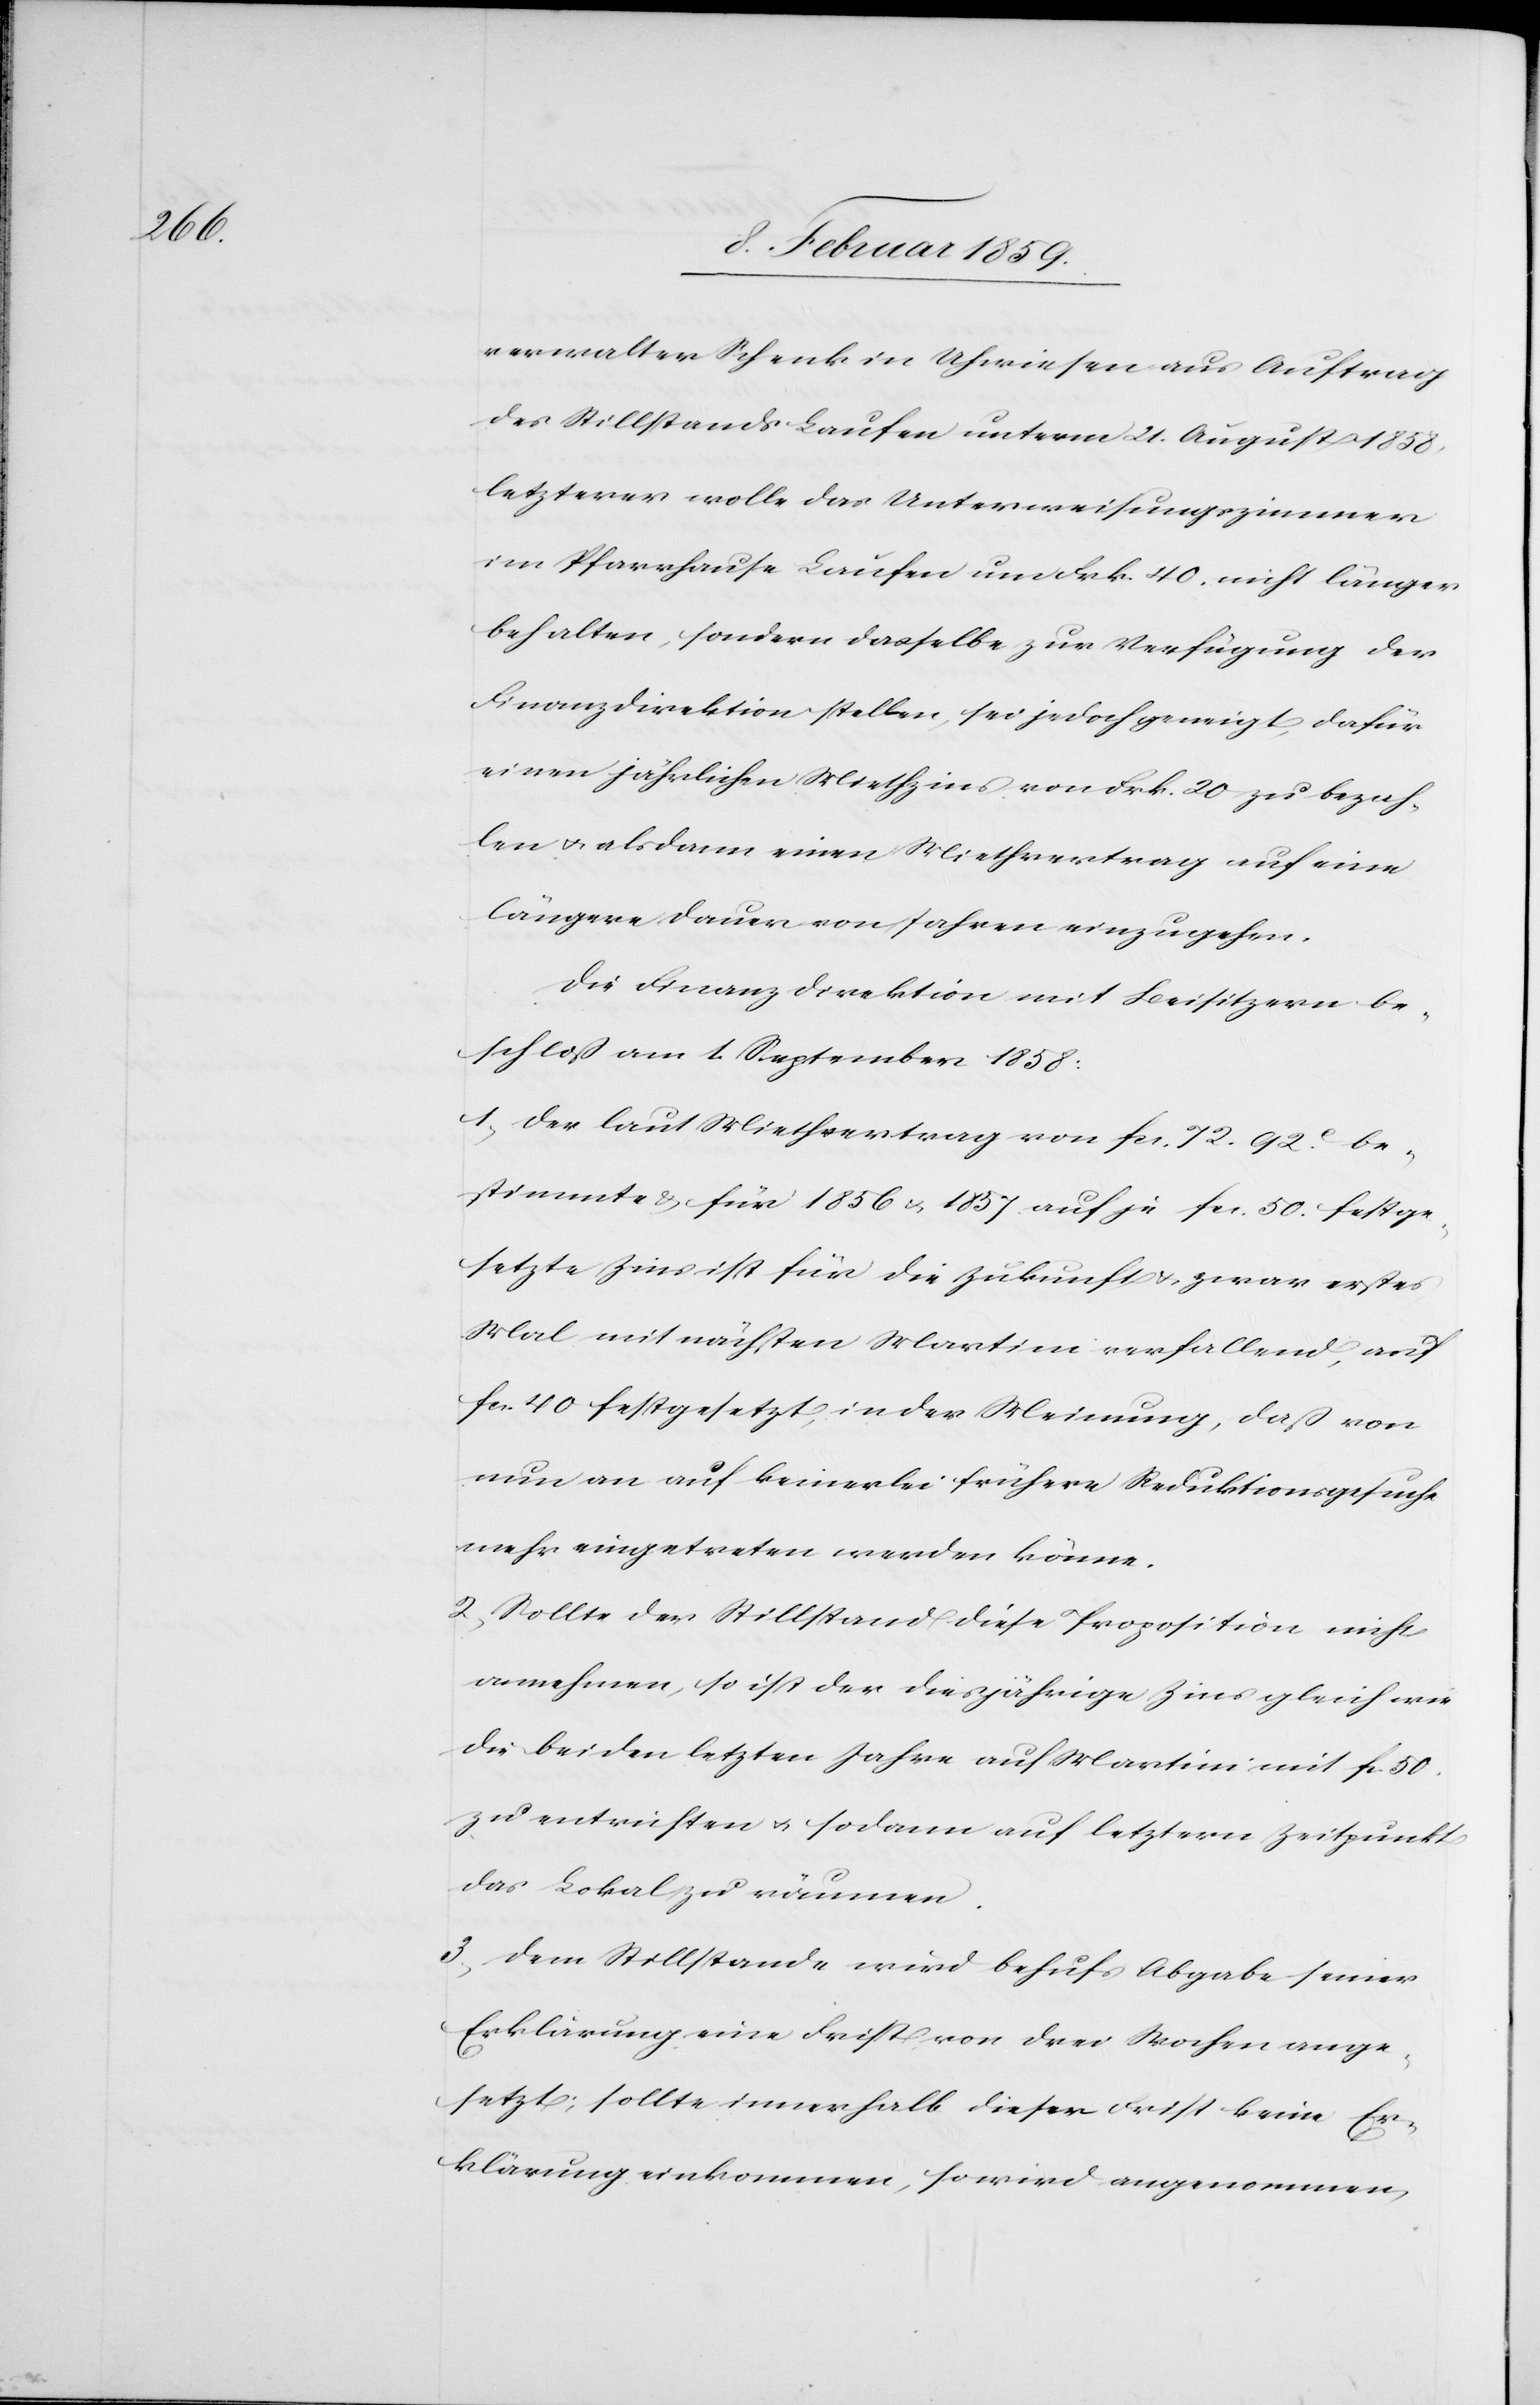
verwalter Schenk in Uhwiesen aus Auftrag
des Stillstands Laufen unterm 21. August 1858,
letzterer wolle das Unterweisungszimmer
im Pfarrhause Laufen um Frk. 40. nicht länger
behalten, sondern dasselbe zur Verfügung der
Finanzdirektion stellen, sei jedoch geneigt, dafür
einen jährlichen Miethzins von Frk. 20 zu bezah¬
len u. alsdann einen Miethvertrag auf eine
längere Dauer von Jahren einzugehen.
Die Finanzdirektion mit Beisitzern be¬
schloß am 1. September 1858:
1, Der laut Miethvertrag von fcs. 72. 92 c. be¬
stimmte & für 1856 u.1857 auf je fcs. 50. festge¬
setzte Zins ist für die Zukunft & zwar erstes
Mal mit nächsten Martini verfallend, auf
fcs. 40 festgesetzt, in der Meinung, daß von
nun an auf keinerlei frühere Reduktionsgesuche
mehr eingetreten werden könne.
2, Sollte der Stillstand diese Proposition nicht
annehmen, so ist der diesjährige Zins gleich wie
die beiden letzten Jahre auf Martini mit fcs. 50.
zu entrichten u. sodann auf letztern Zeitpunkt
das Lokal zu räumen.
3, Dem Stillstande wird behufs Abgabe seiner
Erklärung eine Frist von drei Wochen ange¬
setzt; sollte innerhalb dieser Frist keine Er¬
klärung einkommen, so wird angenommen